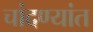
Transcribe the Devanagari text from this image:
चांदण्यांत